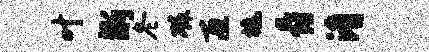
叶渐冬磷匝橇爵淆